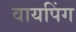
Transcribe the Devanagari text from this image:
वायपिंग